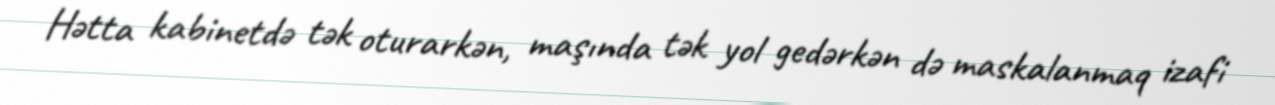
Hətta kabinetdə tək oturarkən, maşında tək yol gedərkən də maskalanmaq izafi